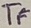
Text: TF